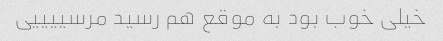
خیلی خوب بود به موقع هم رسید مرسییییی